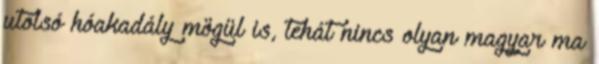
utolsó hóakadály mögül is, tehát nincs olyan magyar ma